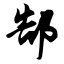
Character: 郜